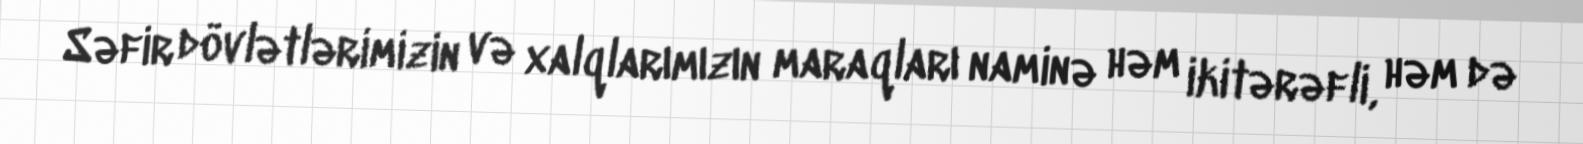
Səfir dövlətlərimizin və xalqlarımızın maraqları naminə həm ikitərəfli, həm də